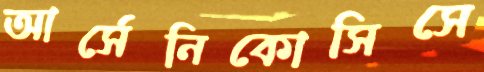
আর্সেনিকোসিসে